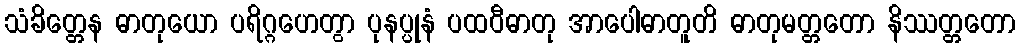
သံခိတ္တေန ဓာတုယော ပရိဂ္ဂဟေတွာ ပုနပ္ပုနံ ပထဝီဓာတု အာပေါဓာတူတိ ဓာတုမတ္တတော နိဿတ္တတော